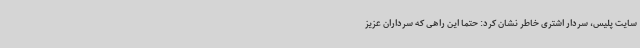
سایت پلیس، سردار اشتری خاطر نشان کرد: حتماً این راهی که سرداران عزیز